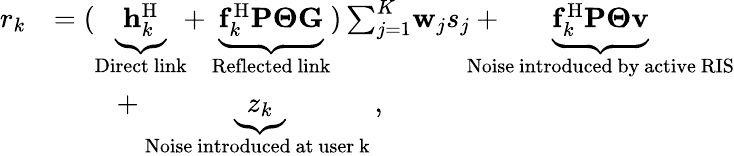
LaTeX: \begin{array}{rl}{{r_{k}}}&{=(\underbrace{{\mathbf{h}}_{k}^{\mathrm{H}}}_{{\mathrm{Direct~link}}}\! \! +\underbrace{{\mathbf{f}}_{k}^{\mathrm{H}}{\mathbf{P}}{{\mathbf{\Theta}}}{\mathbf{G}}}_{{\mathrm{Reflected~link}}})\sum_{j=1}^{K}\! {{{\mathbf{w}}_{j}}{s_{j}}}+\! \! \! \! \! \! \! \! \underbrace{{\mathbf{f}}_{k}^{\mathrm{H}}{{\mathbf{P}}}{{\mathbf{\Theta}}}{\mathbf{v}}}_{\mathrm{Noise~introduced~by~active~RIS}}}\\ &{~~~~~~~~+\underbrace{z_{k}}_{\mathrm{Noise~introduced~at~user~k~}},}\end{array}